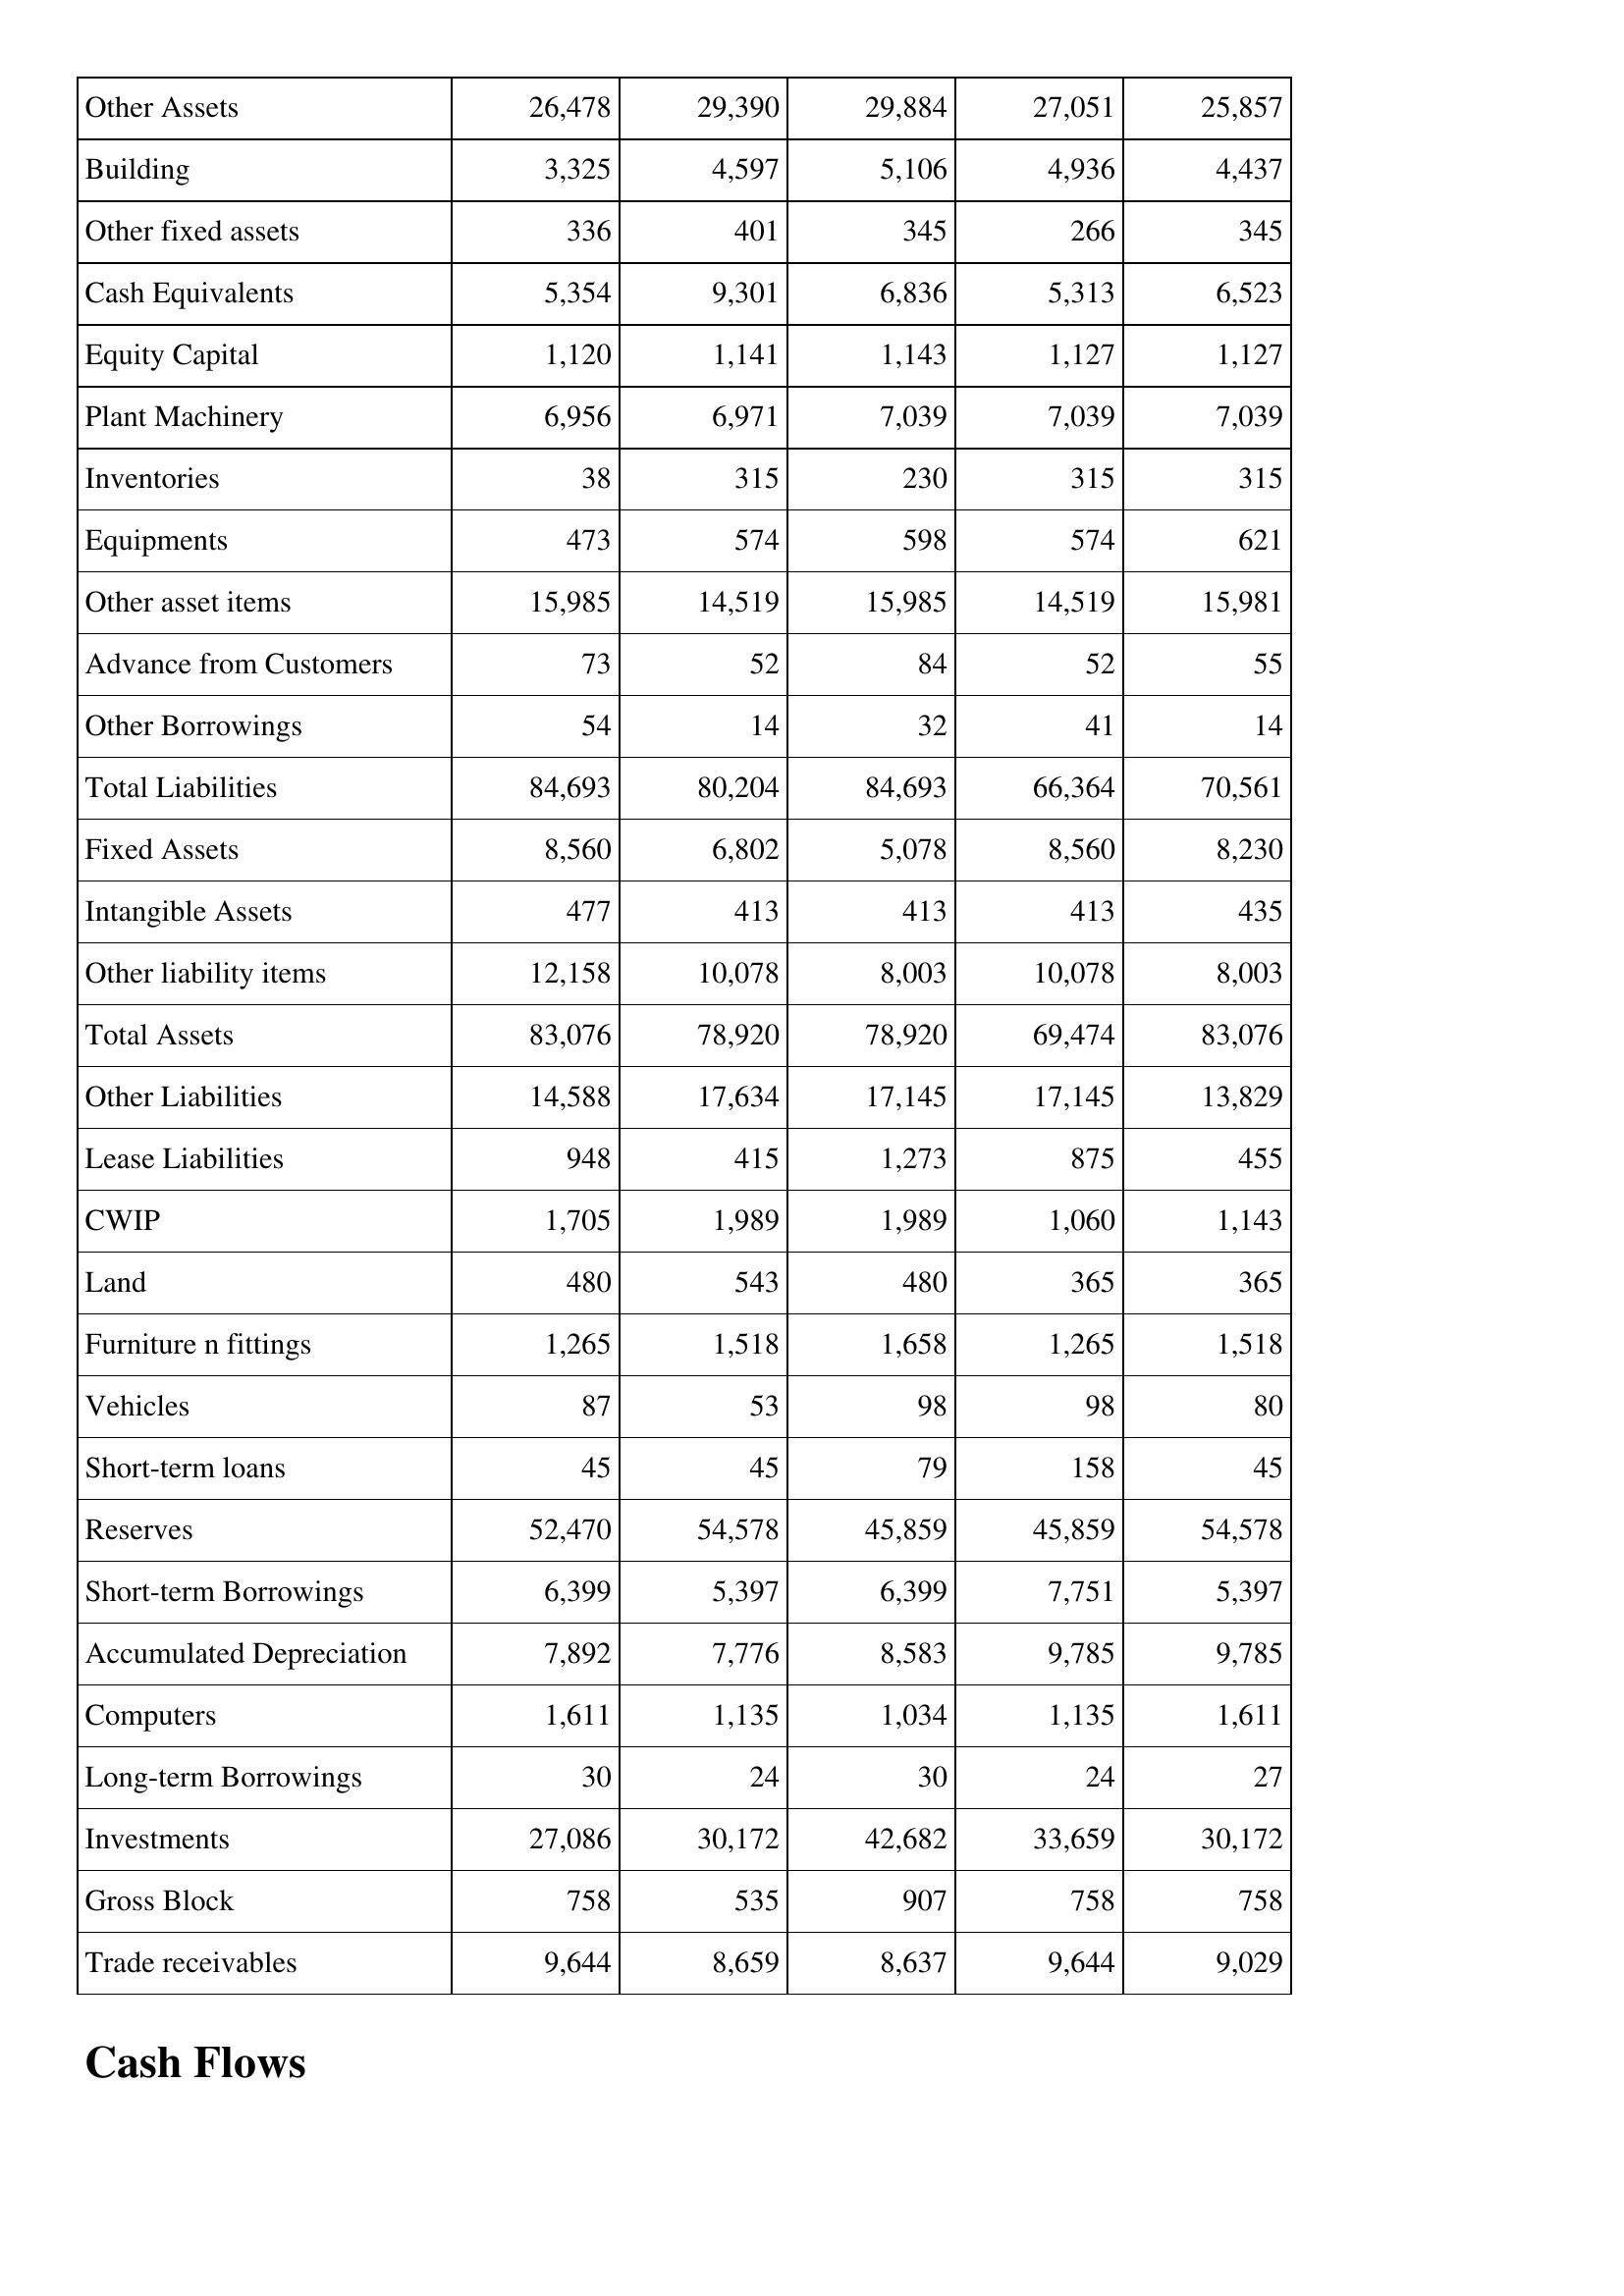
Jan-17: Balance Sheet: Other Assets: 26,478
Building: 3,325
Other fixed assets: 336
Cash Equivalents: 5,354
Equity Capital: 1,120
Plant Machinery: 6,956
Inventories: 38
Equipments: 473
Other asset items: 15,985
Advance from Customers: 73
Other Borrowings: 54
Total Liabilities: 84,693
Fixed Assets: 8,560
Intangible Assets: 477
Other liability items: 12,158
Total Assets: 83,076
Other Liabilities: 14,588
Lease Liabilities: 948
CWIP: 1,705
Land: 480
Furniture n fittings: 1,265
Vehicles: 87
Short-term loans: 45
Reserves: 52,470
Short-term Borrowings: 6,399
Accumulated Depreciation: 7,892
Computers: 1,611
Long-term Borrowings: 30
Investments: 27,086
Gross Block: 758
Trade receivables: 9,644
Jan-16: Balance Sheet: Other Assets: 29,390
Building: 4,597
Other fixed assets: 401
Cash Equivalents: 9,301
Equity Capital: 1,141
Plant Machinery: 6,971
Inventories: 315
Equipments: 574
Other asset items: 14,519
Advance from Customers: 52
Other Borrowings: 14
Total Liabilities: 80,204
Fixed Assets: 6,802
Intangible Assets: 413
Other liability items: 10,078
Total Assets: 78,920
Other Liabilities: 17,634
Lease Liabilities: 415
CWIP: 1,989
Land: 543
Furniture n fittings: 1,518
Vehicles: 53
Short-term loans: 45
Reserves: 54,578
Short-term Borrowings: 5,397
Accumulated Depreciation: 7,776
Computers: 1,135
Long-term Borrowings: 24
Investments: 30,172
Gross Block: 535
Trade receivables: 8,659
Jan-15: Balance Sheet: Other Assets: 29,884
Building: 5,106
Other fixed assets: 345
Cash Equivalents: 6,836
Equity Capital: 1,143
Plant Machinery: 7,039
Inventories: 230
Equipments: 598
Other asset items: 15,985
Advance from Customers: 84
Other Borrowings: 32
Total Liabilities: 84,693
Fixed Assets: 5,078
Intangible Assets: 413
Other liability items: 8,003
Total Assets: 78,920
Other Liabilities: 17,145
Lease Liabilities: 1,273
CWIP: 1,989
Land: 480
Furniture n fittings: 1,658
Vehicles: 98
Short-term loans: 79
Reserves: 45,859
Short-term Borrowings: 6,399
Accumulated Depreciation: 8,583
Computers: 1,034
Long-term Borrowings: 30
Investments: 42,682
Gross Block: 907
Trade receivables: 8,637
Jan-14: Balance Sheet: Other Assets: 27,051
Building: 4,936
Other fixed assets: 266
Cash Equivalents: 5,313
Equity Capital: 1,127
Plant Machinery: 7,039
Inventories: 315
Equipments: 574
Other asset items: 14,519
Advance from Customers: 52
Other Borrowings: 41
Total Liabilities: 66,364
Fixed Assets: 8,560
Intangible Assets: 413
Other liability items: 10,078
Total Assets: 69,474
Other Liabilities: 17,145
Lease Liabilities: 875
CWIP: 1,060
Land: 365
Furniture n fittings: 1,265
Vehicles: 98
Short-term loans: 158
Reserves: 45,859
Short-term Borrowings: 7,751
Accumulated Depreciation: 9,785
Computers: 1,135
Long-term Borrowings: 24
Investments: 33,659
Gross Block: 758
Trade receivables: 9,644
Jan-13: Balance Sheet: Other Assets: 25,857
Building: 4,437
Other fixed assets: 345
Cash Equivalents: 6,523
Equity Capital: 1,127
Plant Machinery: 7,039
Inventories: 315
Equipments: 621
Other asset items: 15,981
Advance from Customers: 55
Other Borrowings: 14
Total Liabilities: 70,561
Fixed Assets: 8,230
Intangible Assets: 435
Other liability items: 8,003
Total Assets: 83,076
Other Liabilities: 13,829
Lease Liabilities: 455
CWIP: 1,143
Land: 365
Furniture n fittings: 1,518
Vehicles: 80
Short-term loans: 45
Reserves: 54,578
Short-term Borrowings: 5,397
Accumulated Depreciation: 9,785
Computers: 1,611
Long-term Borrowings: 27
Investments: 30,172
Gross Block: 758
Trade receivables: 9,029